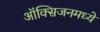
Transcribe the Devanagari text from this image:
ऑक्सिजनमध्ये